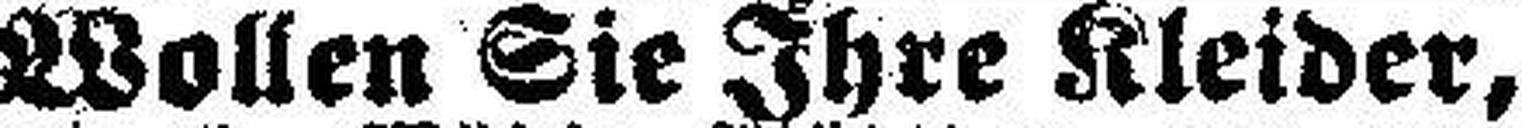
Wollen Sie Ihre Kleider,